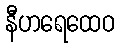
နီဟရေထေဝ